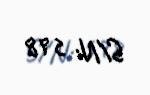
S/N: 598